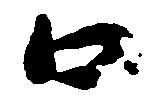
口